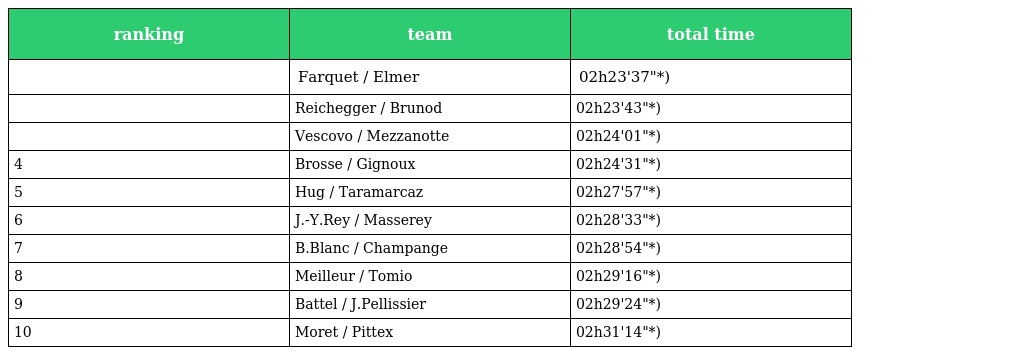
| ranking | team | total time |
 | --- | --- | --- |
 |  | Farquet / Elmer | 02h23'37"*) |
 |  | Reichegger / Brunod | 02h23'43"*) |
 |  | Vescovo / Mezzanotte | 02h24'01"*) |
 | 4 | Brosse / Gignoux | 02h24'31"*) |
 | 5 | Hug / Taramarcaz | 02h27'57"*) |
 | 6 | J.-Y.Rey / Masserey | 02h28'33"*) |
 | 7 | B.Blanc / Champange | 02h28'54"*) |
 | 8 | Meilleur / Tomio | 02h29'16"*) |
 | 9 | Battel / J.Pellissier | 02h29'24"*) |
 | 10 | Moret / Pittex | 02h31'14"*) |